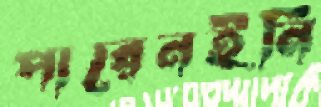
পারেনইনি